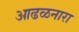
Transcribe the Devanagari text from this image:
आढळनारा